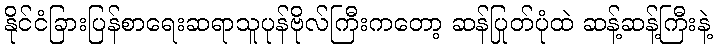
နိုင်ငံခြားပြန်စာရေးဆရာသူပုန်ဗိုလ်ကြီးကတော့ ဆန်ပြုတ်ပုံထဲ ဆန့်ဆန့်ကြီးနဲ့